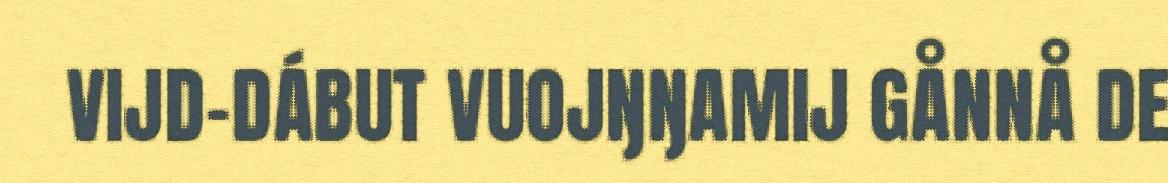
VIJD-DÁBUT VUOJŊŊAMIJ GÅNNÅ DE